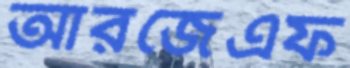
আরজেএফ